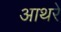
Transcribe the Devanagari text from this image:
आथरे